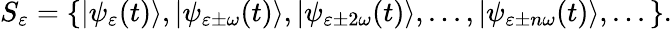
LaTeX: S_{\varepsilon}=\{ |\psi_{\varepsilon}(t)\rangle,|\psi_{\varepsilon\pm\omega}(t)\rangle,|\psi_{\varepsilon\pm 2\omega}(t)\rangle,...,|\psi_{\varepsilon\pm n\omega}(t)\rangle,...\} .